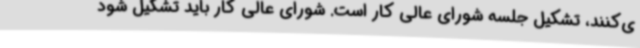
ی‌کنند، تشکیل جلسه شورای عالی کار است. شورای عالی کار باید تشکیل شود